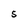
Character: 5